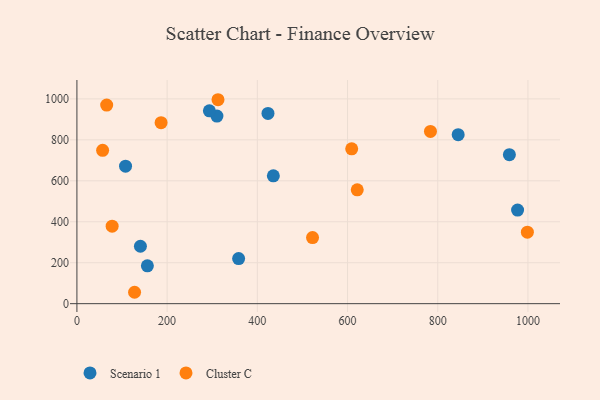
{"axis": {"x": "Distance", "y": "Yield"}, "legend": ["Cluster C", "Scenario 1"], "data": [{"x": "140.8", "y": 280.3, "type": "Scenario 1"}, {"x": "423.6", "y": 929.2, "type": "Scenario 1"}, {"x": "958.8", "y": 727.8, "type": "Scenario 1"}, {"x": "358.5", "y": 220.1, "type": "Scenario 1"}, {"x": "310.4", "y": 916.2, "type": "Scenario 1"}, {"x": "977.0", "y": 457.0, "type": "Scenario 1"}, {"x": "435.5", "y": 624.1, "type": "Scenario 1"}, {"x": "156.2", "y": 184.6, "type": "Scenario 1"}, {"x": "845.3", "y": 825.4, "type": "Scenario 1"}, {"x": "107.8", "y": 671.3, "type": "Scenario 1"}, {"x": "293.7", "y": 941.7, "type": "Scenario 1"}, {"x": "783.8", "y": 841.1, "type": "Cluster C"}, {"x": "522.4", "y": 322.6, "type": "Cluster C"}, {"x": "66.0", "y": 969.9, "type": "Cluster C"}, {"x": "186.6", "y": 883.7, "type": "Cluster C"}, {"x": "57.0", "y": 748.6, "type": "Cluster C"}, {"x": "621.5", "y": 555.7, "type": "Cluster C"}, {"x": "78.1", "y": 378.3, "type": "Cluster C"}, {"x": "998.7", "y": 349.0, "type": "Cluster C"}, {"x": "609.2", "y": 756.1, "type": "Cluster C"}, {"x": "312.8", "y": 995.9, "type": "Cluster C"}, {"x": "127.8", "y": 55.6, "type": "Cluster C"}]}